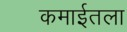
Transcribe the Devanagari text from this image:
कमाईतला